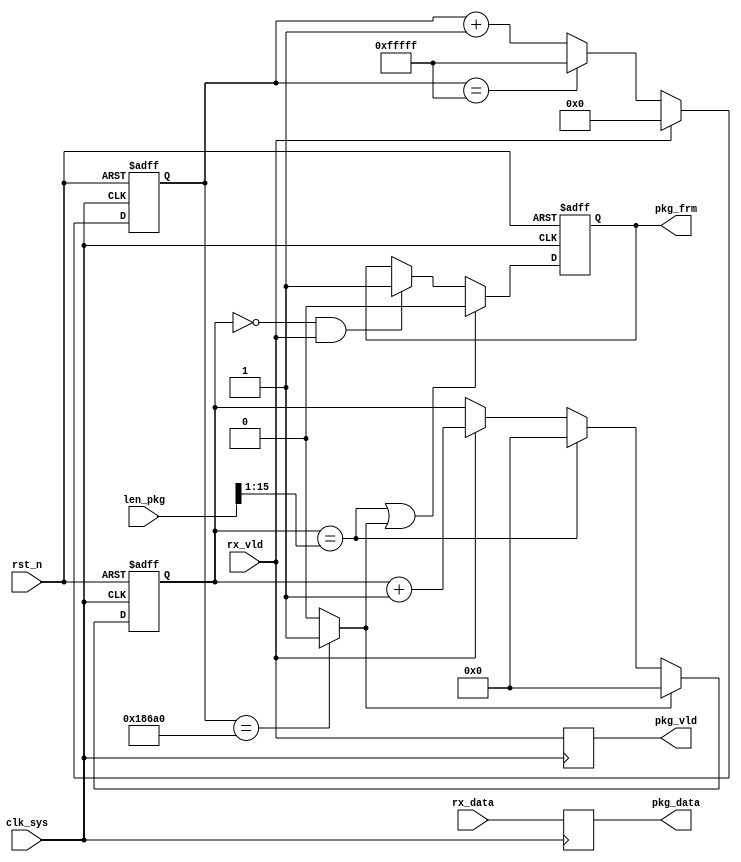
//fetch_pkg.v

module fetch_pkg(
pkg_data,
pkg_vld,
pkg_frm,
rx_vld,
rx_data,
//configration
len_pkg,
//clk rst
clk_sys,
rst_n
);
output [15:0]	pkg_data;
output				pkg_vld;
output				pkg_frm;
input					rx_vld;
input [15:0]	rx_data;
//configuration
input [15:0]	len_pkg;
//clk rst
input clk_sys;
input rst_n;
//-----------------------------------------------
//-----------------------------------------------

wire [15:0]	lenw_pkg = {1'b0,len_pkg[15:1]};

reg [15:0] cnt_rx;
wire wd_cnt_idle;
always @ (posedge clk_sys or negedge rst_n)	begin
	if(~rst_n)
		cnt_rx <= 16'h0;
	else if(wd_cnt_idle)
		cnt_rx <= 16'h0;
	else 	if(cnt_rx == lenw_pkg)
		cnt_rx <= 16'h0;
	else if(rx_vld)	
		cnt_rx <= cnt_rx + 16'h1;
	else ;
end

reg [19:0] cnt_idle;
always @(posedge clk_sys or negedge rst_n)	begin
	if(~rst_n)
		cnt_idle <= 20'h0;
	else if(rx_vld)
		cnt_idle <= 20'h0;
	else if(cnt_idle == 20'hfffff)
		cnt_idle <= 20'hfffff;
	else 
		cnt_idle <= cnt_idle + 20'h1;
end
assign wd_cnt_idle = (cnt_idle == 20'd1_000_00) ? 1'b1 : 1'b0;


wire pkg_sop;
wire pkg_eop;
assign pkg_sop = (cnt_rx == 16'h0) & rx_vld;
assign pkg_eop = (cnt_rx == lenw_pkg) | wd_cnt_idle;


//------------ pkg output -----------
reg pkg_frm;
always @ (posedge clk_sys or negedge rst_n) begin
	if(~rst_n)
		pkg_frm <= 1'b0;
	else if(pkg_eop)
		pkg_frm <= 1'b0;
	else if(pkg_sop)
		pkg_frm <= 1'b1;
	else ;
end
reg pkg_vld;
reg [15:0] pkg_data;
always @(posedge clk_sys)	begin
	pkg_vld <= rx_vld;
	pkg_data <= rx_data;
end

endmodule